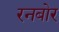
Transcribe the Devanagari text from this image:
रनबोर